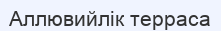
Аллювийлік терраса